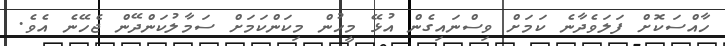
ހާއްސަކޮށް ފަލަވެދާނެ ކަމަށް ވިސްނައިގެން އުޅޭ މީހުން މިކަންކަމަށް ސަމާލުކަންދޭން ޖެހޭނެ އެވެ.